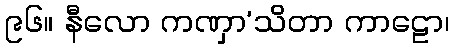
၉၆။ နီလော ကဏှာ’သိတာ ကာဠော၊